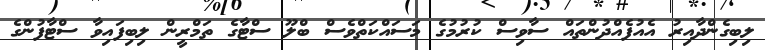
ލިބިގެންދާއިރު އެއުފެއްދުންތައް ސާވިސް ކުރުމުގެ މަސައްކަތްވެސް ބްލޫ ސްޓާގެ ތަމްރީން ލިބިފައިވާ ސްޓާފުންގެ